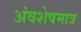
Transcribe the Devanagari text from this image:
अंवशेषमात्र